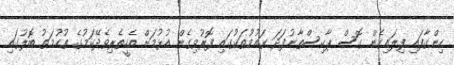
ހިންގާފައި ފިލައިގެން ގޮސް ޕާކިސްތާނުފަދަ ގައުމުތަކުގައި ފޮރުވިގެން އުޅުމަށް އެހީތެރިވެދޭކަމުގެ ތުހުމަތު ބޮލުގައި